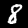
Label: 8